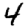
Digit: 4